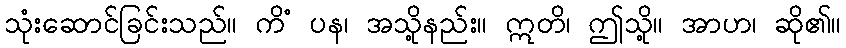
သုံးဆောင်ခြင်းသည်။ ကိံ ပန၊ အသို့နည်း။ ဣတိ၊ ဤသို့။ အာဟ၊ ဆို၏။